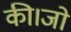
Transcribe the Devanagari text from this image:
की।जो